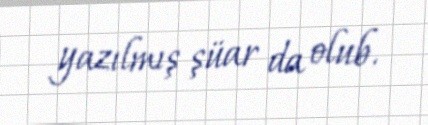
yazılmış şüar da olub.